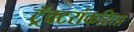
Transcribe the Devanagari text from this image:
ट्रॅक्टरांकरिता